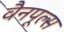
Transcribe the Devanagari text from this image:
वैनपूल्स